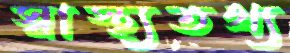
স্বাস্থ্যতথ্য